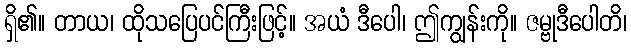
ရှိ၏။ တာယ၊ ထိုသပြေပင်ကြီးဖြင့်။ အယံ ဒီပေါ၊ ဤကျွန်းကို။ ဇမ္ဗုဒီပေါတိ၊